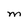
Character: M